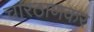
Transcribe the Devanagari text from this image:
चारठाणकर